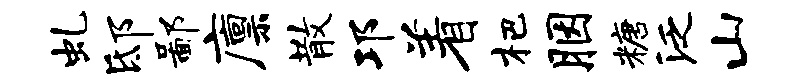
虬邸鄙廪散邛着杷胭糖泛山